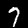
Label: 7